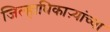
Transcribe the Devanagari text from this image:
जिल्हाधिकाऱ्यांच्या